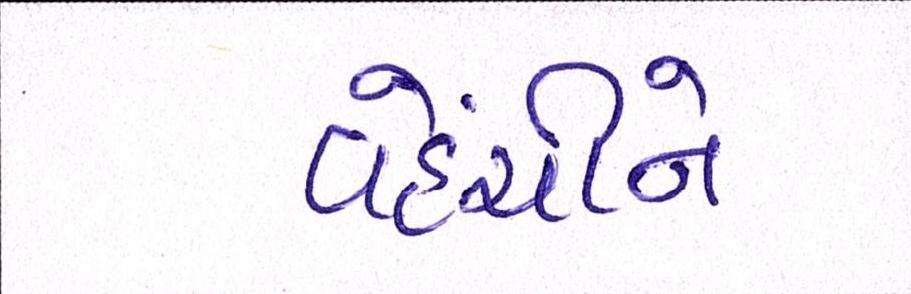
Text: વહેંચીને